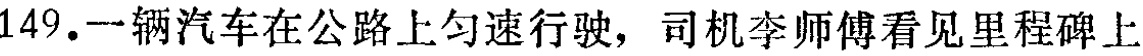
149.一辆汽车在公路上匀速行驶，司机李师傅看见里程碑上